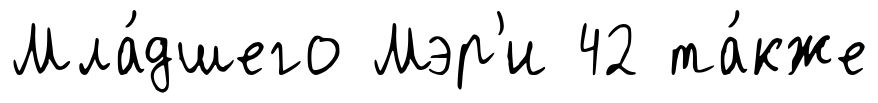
Мла́дшего Мэр'и 42 та́кже